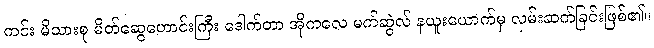
ကင်း မိသားစု မိတ်ဆွေဟောင်းကြီး ဒေါက်တာ အိုကလေ မက်ဆွဲလ် နယူးယောက်မှ လှမ်းဆက်ခြင်းဖြစ်၏။